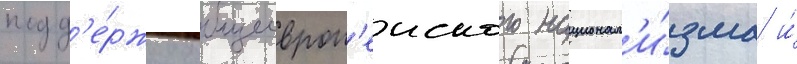
подд'е́ржку общеевроп'еиского национал'и́зма и́